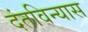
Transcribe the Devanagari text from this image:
दंतविन्यास